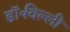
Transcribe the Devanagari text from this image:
डॉ॰विल्ली